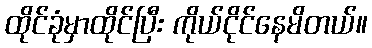
ထိုင်ခုံမှာထိုင်ပြီး ကိုယ်ငိုင်နေမိတယ်။